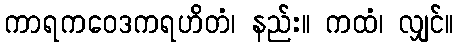
ကာရကဝေဒကရဟိတံ၊ နည်း။ ကထံ၊ လျှင်။